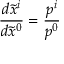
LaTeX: \frac { d \tilde { x } ^ { i } } { d \tilde { x } ^ { 0 } } = \frac { p ^ { i } } { p ^ { 0 } }